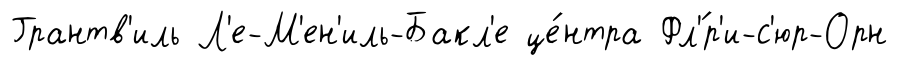
Грантв'иль Л'е-М'ен'иль-Бакл'е це́нтра Фл'́р'и-с'юр-Орн